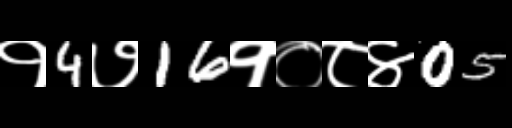
Text: १4७16१०८४05